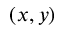
( x , y )